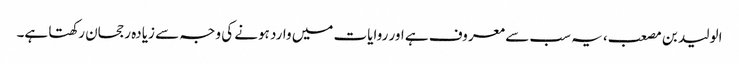
الولید بن مصعب، یہ سب سے معروف ہے اور روایات میں وارد ہونے کی وجہ سے زیادہ رجحان رکھتا ہے۔